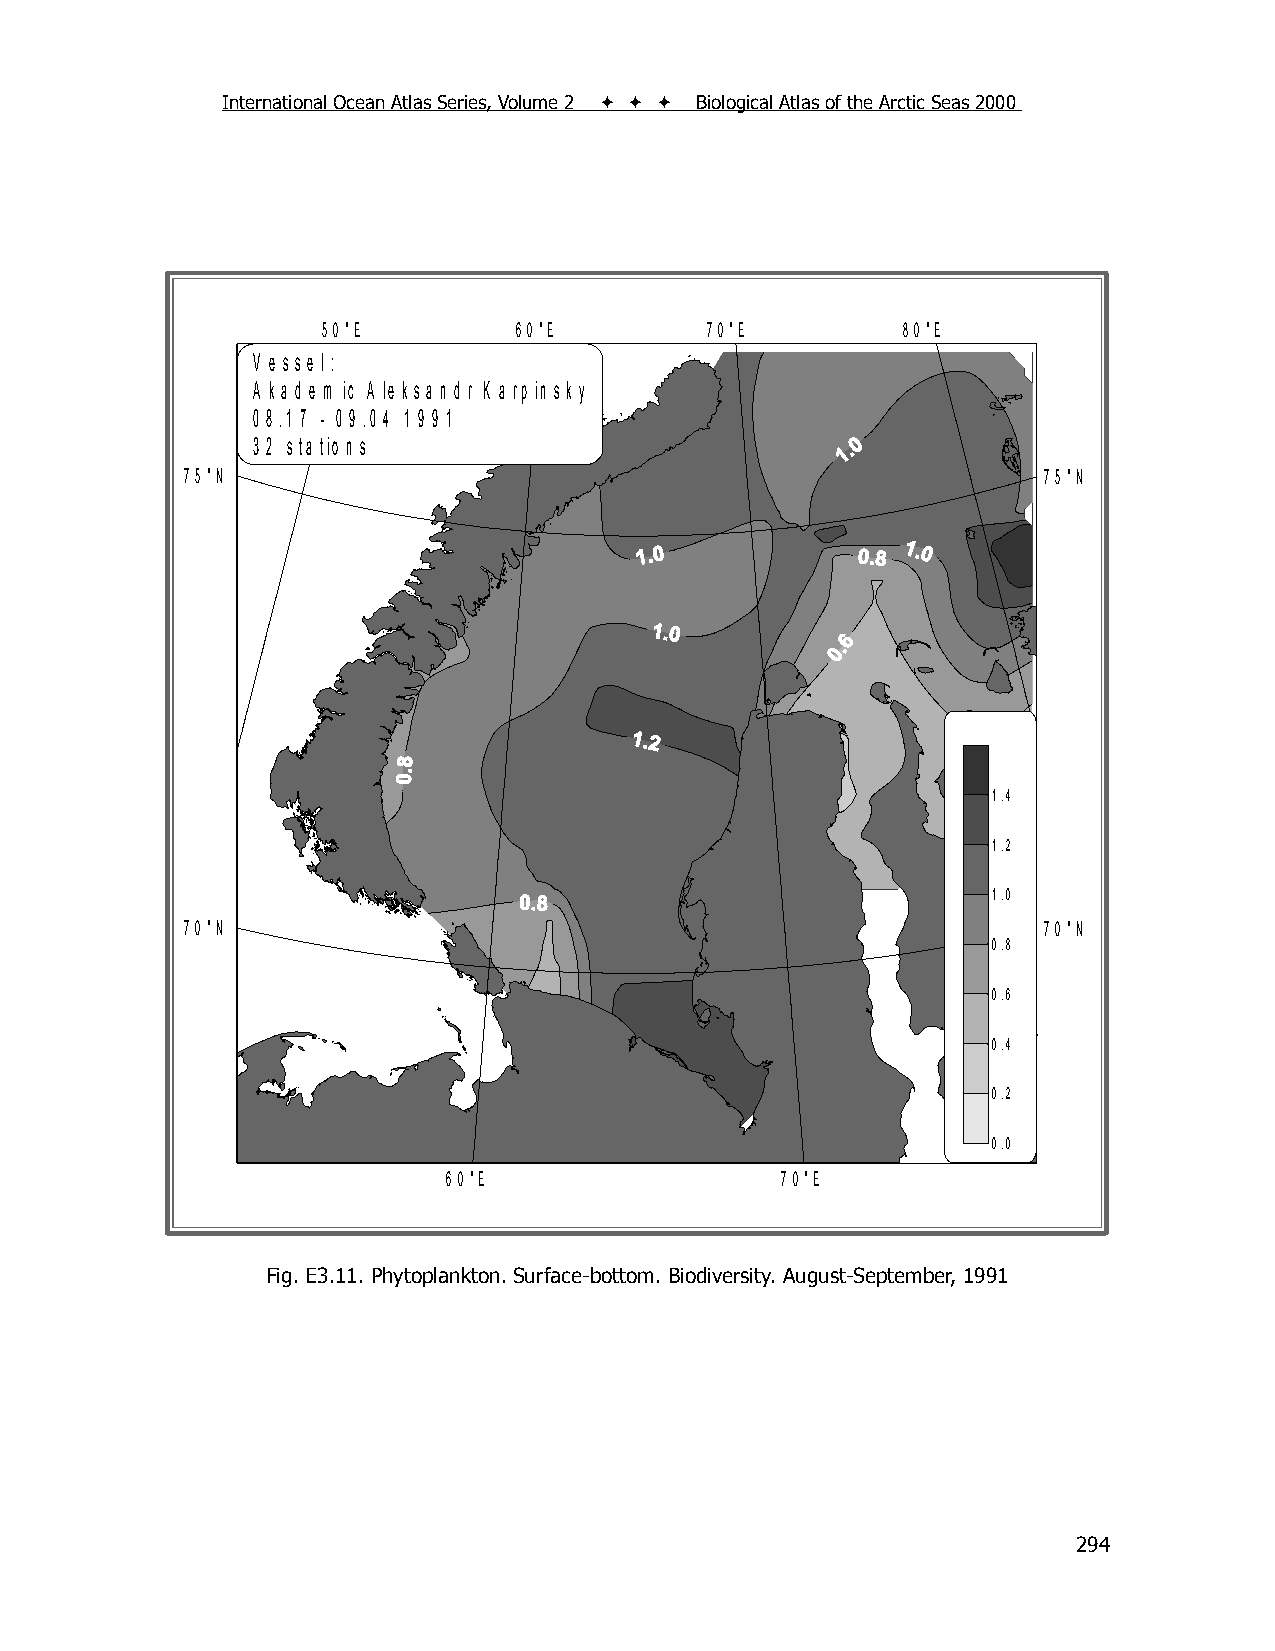
International Ocean Atlas Series, Volume 2    Biological Atlas of the Arctic Seas 2000
 5 0 °E       6 0 °E       7 0 °E       8 0 °E
 V e s s e l :
 A k a d e m ic A le k s a n d r K a rp in s k y
 0 8 .1 7 - 0 9 .0 4 1 9 9 1
 3 2 s ta tio n s
 7 5 °N                                                   7 5 °N
 1.4
 1.2
 1.0
 7 0 °N                                                   7 0 °N
 0.8
 0.6
 0.4
 0.2
 0.0
 6 0 °E                7 0 °E
 F ig . 2 .3 .1 . P h y to p la n k to n , T a x a C o u n t (# )
 Fig. E3.11. Phytoplankton. Surface-bottom. Biodiversity. August-September, 1991
 294